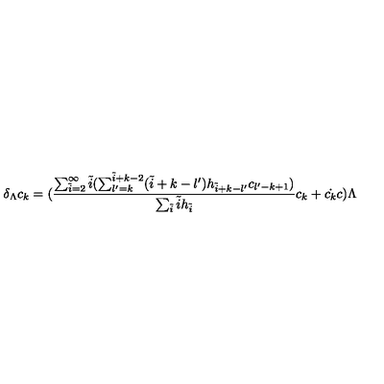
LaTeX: \delta _ { \Lambda } c _ { k } = ( \frac { \sum _ { \tilde { i } = 2 } ^ { \infty } \tilde { i } ( \sum _ { l ^ { \prime } = k } ^ { \tilde { i } + k - 2 } ( \tilde { i } + k - l ^ { \prime } ) h _ { \tilde { i } + k - l ^ { \prime } } c _ { l ^ { \prime } - k + 1 } ) } { \sum _ { \tilde { i } } \tilde { i } h _ { \tilde { i } } } c _ { k } + \dot { c _ { k } } c ) \Lambda